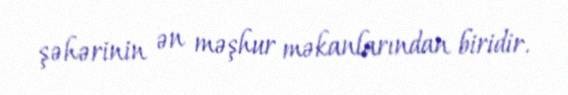
şəhərinin ən məşhur məkanlarından biridir.